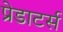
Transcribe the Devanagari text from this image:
प्रेडाटर्स